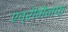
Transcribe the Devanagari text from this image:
एव्रीमैनफ़